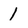
Character: 1